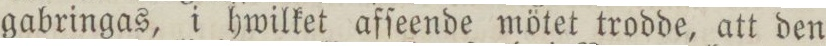
gabringas, i hwilket afſeende mötet trodde, att den